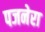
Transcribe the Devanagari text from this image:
पजनेरा